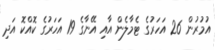
އުމުރުން 26 އަހަރުގެ ޓެމާލެން އާއި އޭނާގެ 19 އަހަރުގެ ކޮއްކޮ އަދި